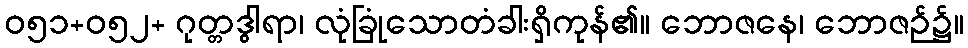
ဝ၅၁+၀၅၂+ ဂုတ္တဒွါရာ၊ လုံခြုံသောတံခါးရှိကုန်၏။ ဘောဇနေ၊ ဘောဇဉ်၌။